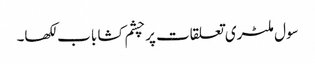
سول ملٹری تعلقات پر چشم کشا باب لکھا۔